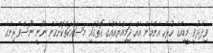
ވިދާޅުވީ މީޑިއާގެ ހުރިހާ އެންމެން އެއް ޖަމިއްޔާއެއްގެ ގޮތުގައި މަސައްކަތްކޮށްގެން ނޫނީ ނޫސްވެރިންގެ